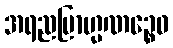
အရညဗြာဟ္မဏဉ္စေဝ